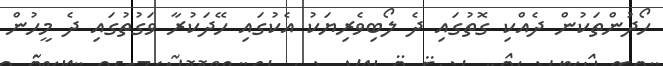
ހޯދުންތަކުން ދެއްކި ގޮތުގައި ދެ ލޯބިވެރިޔަކު އެކުގައި ހޭދަކުރާ ވަގުތުގައި ދެ މީހުން